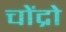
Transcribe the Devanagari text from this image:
चोंद्रो